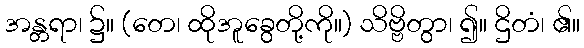
အန္တရာ၊ ၌။ (တေ၊ ထိုအူခွေတို့ကို။) သိဗ္ဗိတွာ၊ ၍။ ဌိတံ၊ ၏။